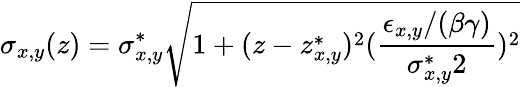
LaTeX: \sigma_{x,y}(z)=\sigma_{x,y}^{*}\sqrt{1+(z-z_{x,y}^{*})^{2}(\frac{\epsilon_{x,y}/(\beta\gamma)}{\sigma_{x,y}^{*}2})^{2}}